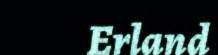
Erland